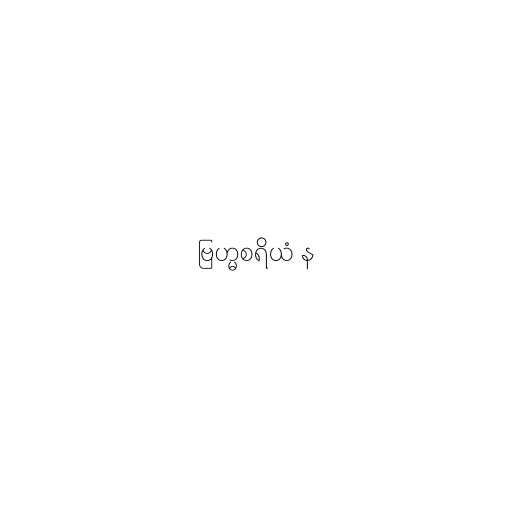
ဗြဟ္မစရိယံ န